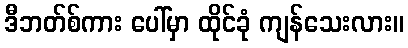
ဒီဘတ်စ်ကား ပေါ်မှာ ထိုင်ခုံ ကျန်သေးလား။